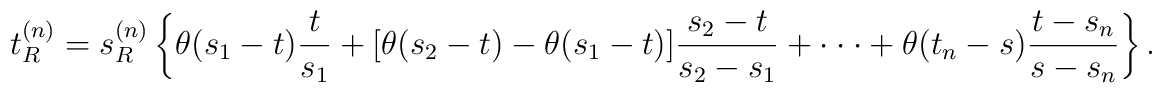
t_R^{(n)}=s_R^{(n)}\left\{\theta(s_1-t) {t\over s_1}  +[\theta(s_2-t)-\theta(s_1-t)]{s_2-t\over s_2-s_1}  +\cdot\cdot\cdot+\theta(t_n-s){t-s_n\over s-s_n}\right\}.